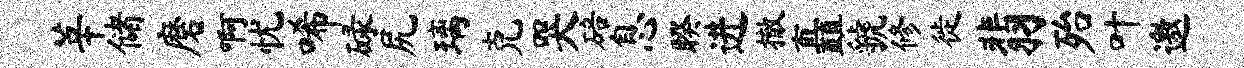
莘储磨啊忧唏碌尻璃克哭碚息睽进撤矗虢修徙翡殆叶邀